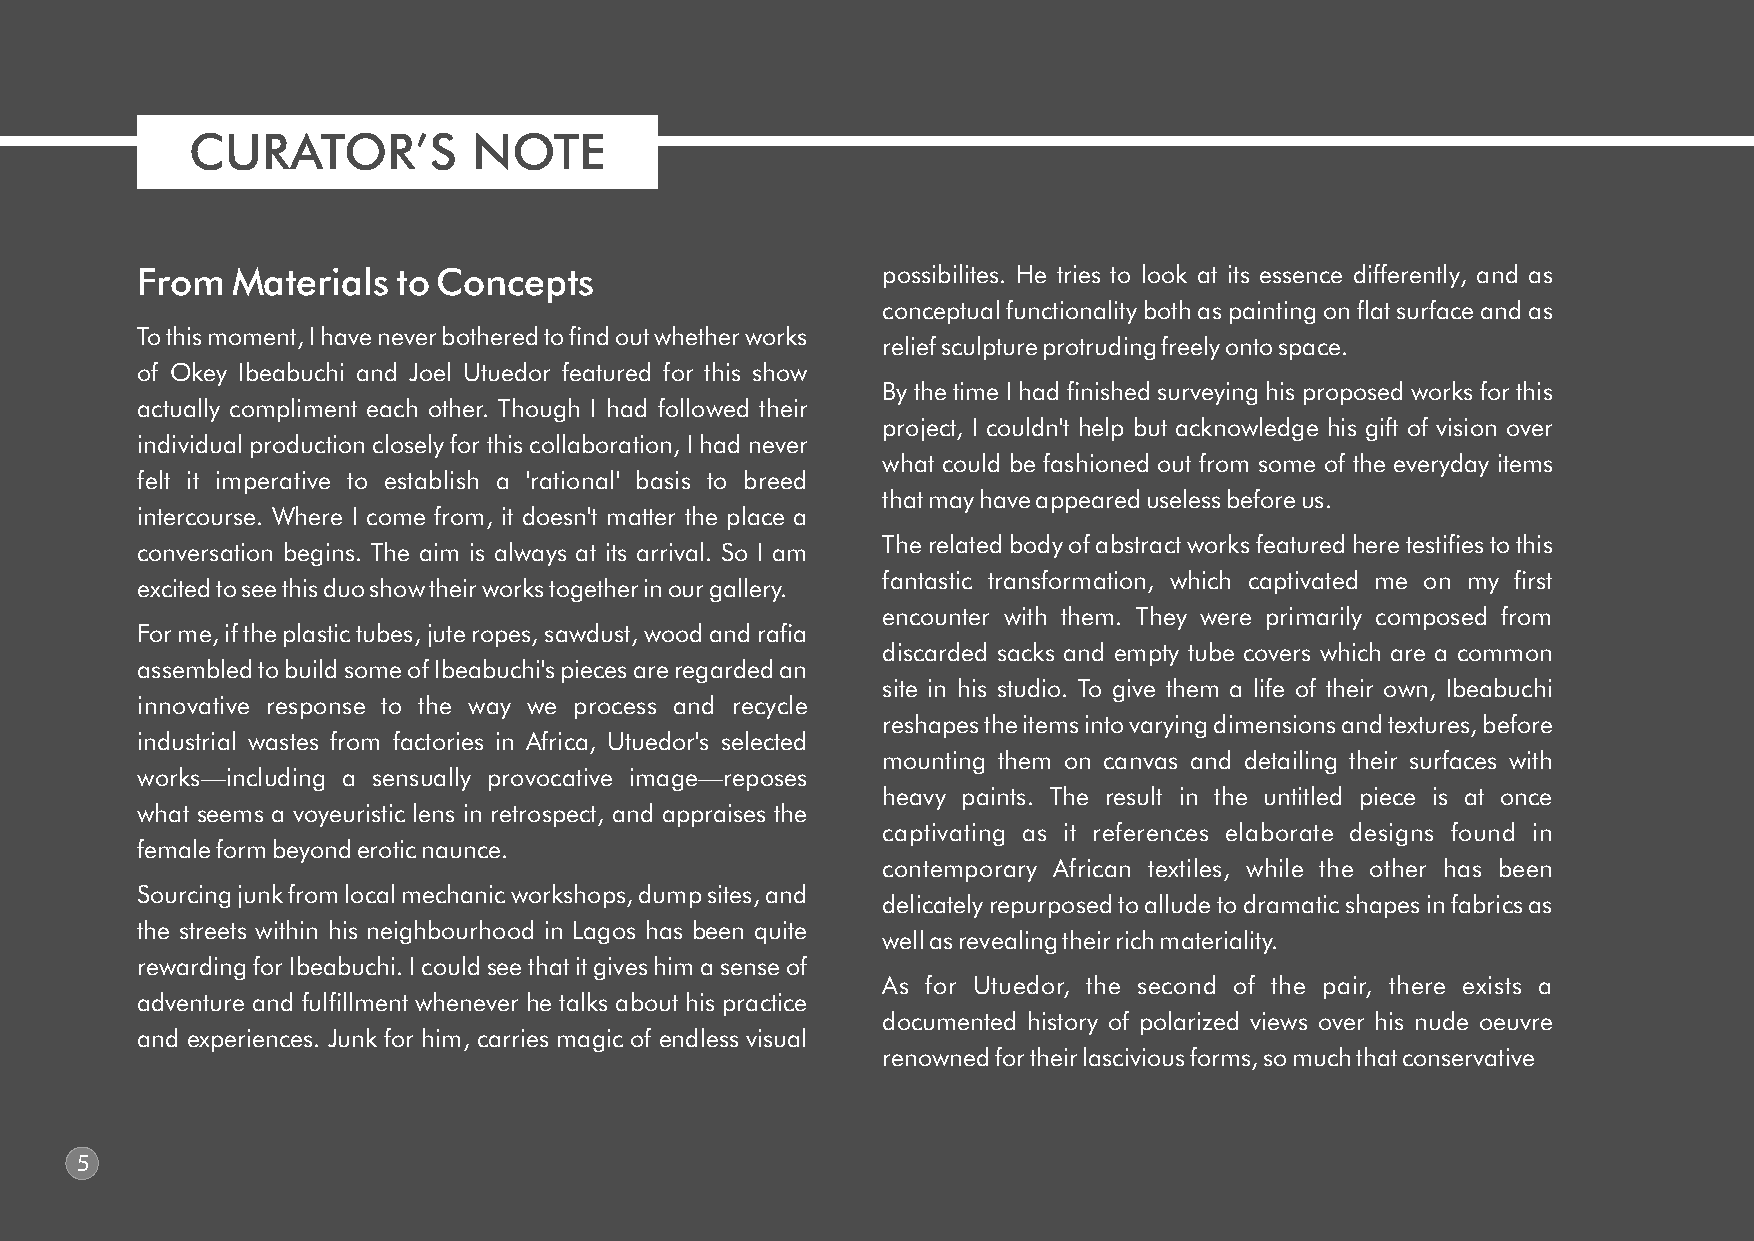
CURATOR’S         NOTE
 From  Materials  to Concepts                     possibilites. He tries to look at its essence differently, and as
 conceptual functionality both as painting on at surface and as
 To this moment, I have never bothered to find out whether works
 relief sculpture protruding freely onto space.
 of Okey Ibeabuchi and Joel Utuedor featured for this show                                                               critics describe them as obscene, lewd, carnal and indecent.
 By the time I had finished surveying his proposed works for this
 actually compliment each other. Though I had followed their                                                             Nevertheless, they are extolled by admirers, rather sarcastically, as
 project, I couldn't help but acknowledge his gift of vision over
 individual production closely for this collaboration, I had never                                                       'voyeur' of the city.
 what could be fashioned out from some of the everyday items
 felt it imperative to establish a 'rational' basis to breed                                                             Admittedly, were it not for nude portraitists like Utuedor, whose
 that may have appeared useless before us.
 intercourse. Where I come from, it doesn't matter the place a                                                           brushes defiantly move against the tide of public censorship, and
 The related body of abstract works featured here testifies to this
 conversation begins. The aim is always at its arrival. So I am                                                          rallied by the argument of our humble convictions as cultural
 fantastic transformation, which captivated me on my first
 excited to see this duo show their works together in our gallery.                                                       brokers, perhaps it would have been impossible for the growing art
 encounter with them. They were primarily composed from
 For me, if the plastic tubes, jute ropes, sawdust, wood and rafia                                                       audience and collectors across Nigeria, to engage his works with the
 discarded sacks and empty tube covers which are a common
 assembled to build some of Ibeabuchi's pieces are regarded an                                                           sort of genuine curiosity which drew wide spread ovation from
 site in his studio. To give them a life of their own, Ibeabuchi
 innovative response to the way we process and recycle                                                                   serious observers.
 reshapes the items into varying dimensions and textures, before
 industrial wastes from factories in Africa, Utuedor's selected                                                          I once asked him what he sees, both in dreams and in real life,
 mounting them on canvas and detailing their surfaces with
 works—including a sensually provocative image—reposes
 heavy paints. The result in the untitled piece is at once
 what seems a voyeuristic lens in retrospect, and appraises the
 captivating as it references elaborate designs found in
 female form beyond erotic naunce.
 contemporary African textiles, while the other has been
 Sourcing junk from local mechanic workshops, dump sites, and
 delicately repurposed to allude to dramatic shapes in fabrics as
 the streets within his neighbourhood in Lagos has been quite
 well as revealing their rich materiality.
 rewarding for Ibeabuchi. I could see that it gives him a sense of
 As for Utuedor, the second of the pair, there exists a
 adventure and fulfillment whenever he talks about his practice                                                                                              Okey Ibeabuchi
 documented history of polarized views over his nude oeuvre
 and experiences. Junk for him, carries magic of endless visual                                                                                                  ''Untitled.''
 renowned for their lascivious forms, so much that conservative
 24 by 36 inches.
 Fabric, plastic covers & acrylic on canvas. 2016
 5